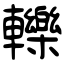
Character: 轢